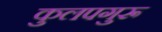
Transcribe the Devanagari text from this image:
कुलपगुरू